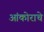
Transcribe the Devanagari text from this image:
आंकोराचे